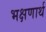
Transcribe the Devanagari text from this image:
भक्षणार्थ